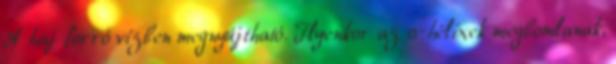
A haj forró vízben megnyújtható. Ilyenkor az α-hélixek megbomlanak,